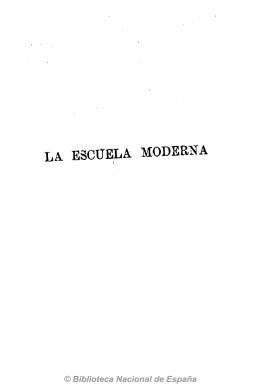
Título: La Escuela moderna (Madrid)
Colección: Educación
Ámbito geográfico: Madrid
Lugar de publicación: Madrid
Fechas: 01/01/1892-01/12/1934

Revista profesional fundada y dirigida en su primera etapa por el profesor cordobés Pedro de Alcántara García Navarro (1842-1906), considerado el paladín en España de las Escuelas Normales y de Magisterio, que dedicó su vida a la formación de los maestros, la educación de la mujer y la divulgación de los conocimientos pedagógicos. Fue también el introductor en España de las enseñanzas de Friedrich Fröbel y estuvo próximo a la Institución Libre de Enseñanza. Comenzó a publicarla en abril de 1891 y se convirtió en una de las revistas que destacaron por la difusión de la cultura pedagógica y las experiencias e innovaciones europeas en esta materia, estando imbuida de un amplio espíritu científico, tal como han señalado S. Montes Moreno y M. Beas Miranda.

Con una periodicidad mensual, es editada en números de 80 páginas y compuesta a una columna, a los que se suman suplementos semanales, que aparecen cada lunes, de cuatro páginas. Mientras que la revista inserta artículos de una gran variedad y de un gran plantel de especialistas, algunos traducidos, así como bibliografía, el suplemento está dedicado específicamente a disposiciones oficiales, documentos parlamentarios, anuncios de oposiciones y concursos, movimiento de personal, etc.

De esta publicación se ha escrito que es un “bello monumento levantado por el magisterio español” y  “una muestra elocuente de los grandes elementos de la cultura pedagógica que entre el profesorado germinaban” en nuestro país, formando sus colaboradores una larga nómina, entre los que se encontraron Urbano González Serrano, Francisco Coello, Leonor Canalejas y Fustegueras, Alejandro de Tudela, Gabriel Comas Rivas, Arturo Vega y Morales, Ángel Bueno o Rufino Carpena Montesinos, por citar sólo algunas de sus primeras firmas. Aunque se decía “extraña a todo interés de partido político, escuela filosófica  y comunión religiosa”, estuvo “abierta a todas las opiniones”.

Tras la muerte de Pedro de Alcántara en 1906, la revista inicia su segunda etapa, subtitulándose ahora “revista pedagógica y administrativa de primera enseñanza”, tomando su dirección Eugenio Bartolomé y Mingo (1839-1920), otro renovador de la pedagogía española, también fröbeliano y krausista, actuando como redactor-jefe Juan C. Arroyo y García. En esta época, sus suplementos los edita miércoles y sábados, en números de 16 páginas, dedicados a insertar las vacantes, los nombramientos o jubilaciones, etc. Entre sus colaboradores estarán, entre otros muchos, Eduardo Navarro Salvador o Augusto Vidal Perera.

El tercer director de la revista será Gerardo Rodríguez García, impulsor del asociacionismo del Magisterio, que la orientará a contenidos más pragmáticos. Entre sus colaboradores de esta época se encuentran María Sánchez Arbós, Mercedes D’Abbondio y Manuel Bartolomé Cossío.

Los primeros editores de esta revista, una de las mejores de su clase en Europa, fueron Gras y Compañía y posteriormente se hicieron cargo de su edición e impresión los sucesores de la Casa Editorial Hernando. La colección, formada por dos tomos por año, incluye índices al principio de cada uno. La de la Biblioteca Nacional de España comienza en 1892, siendo incompleta y careciendo de los años 1895-1896. Tras una larga vida, su último número corresponde al uno de diciembre de 1934 y su último director, Rodríguez García, gallego nacido en 1873, sufrirá un expediente de depuración y sus libros pedagógicos prohibidos tras la guerra civil.